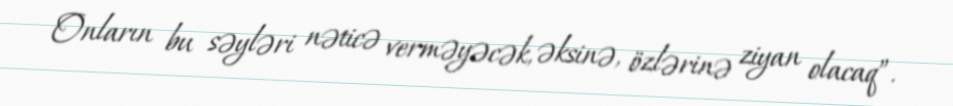
Onların bu səyləri nəticə verməyəcək, əksinə, özlərinə ziyan olacaq”.